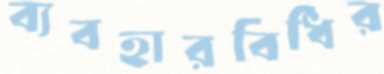
ব্যবহারবিধির